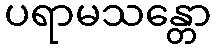
ပရာမသန္တော